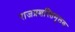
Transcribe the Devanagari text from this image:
राजप्रशस्तिमूलक